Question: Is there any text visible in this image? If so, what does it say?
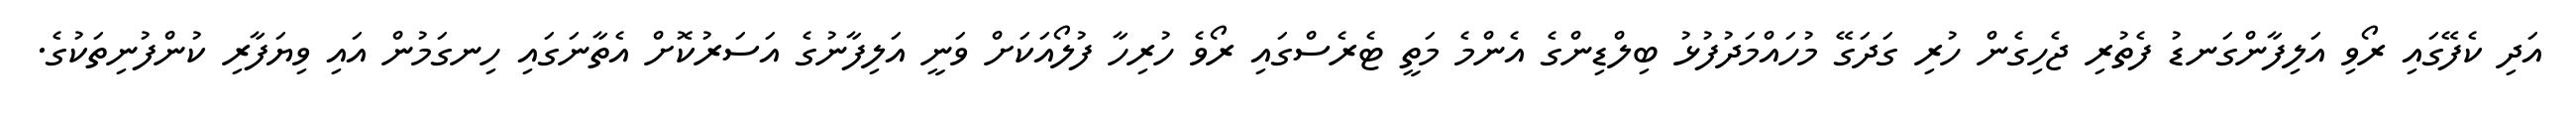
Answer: އަދި ކެފޭގައި ރޯވި އަލިފާންގަނޑު ފެތުރި ޖެހިގެން ހުރި ގަދަގޭ މުހައްމަދުފުޅު ބިލްޑިންގެ އެންމެ މަތީ ޓެރެސްގައި ރޯވެ ހުރިހާ ފުލޯއަކަށް ވަނީ އަލިފާނުގެ އަސަރުކޮށް އެތާނަގައި ހިނގަމުން އައި ވިޔަފާރި ކުންފުނިތަކުގެ.